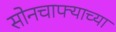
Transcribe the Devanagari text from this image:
सोनचाफ्याच्या